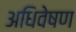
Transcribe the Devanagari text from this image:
अधिवेषण